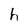
Character: h